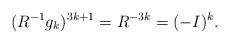
LaTeX: \begin{align*}(R^{-1} g_k)^{3k+1} = R^{-3k} = (-I)^k.\end{align*}